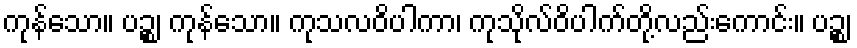
ကုန်သော။ ပဉ္စ၊ ကုန်သော။ ကုသလဝိပါကာ၊ ကုသိုလ်ဝိပါက်တို့လည်းကောင်း။ ပဉ္စ၊